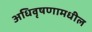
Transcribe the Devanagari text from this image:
अधिवृषणामधील